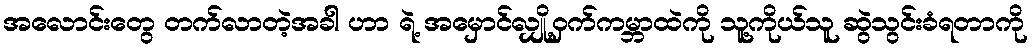
အလောင်းတွေ တက်လာတဲ့အခါ ဟာ ရဲ့ အမှောင်လျှို့ဝှက်ကမ္ဘာထဲကို သူ့ကိုယ်သူ ဆွဲသွင်းခံရတာကို